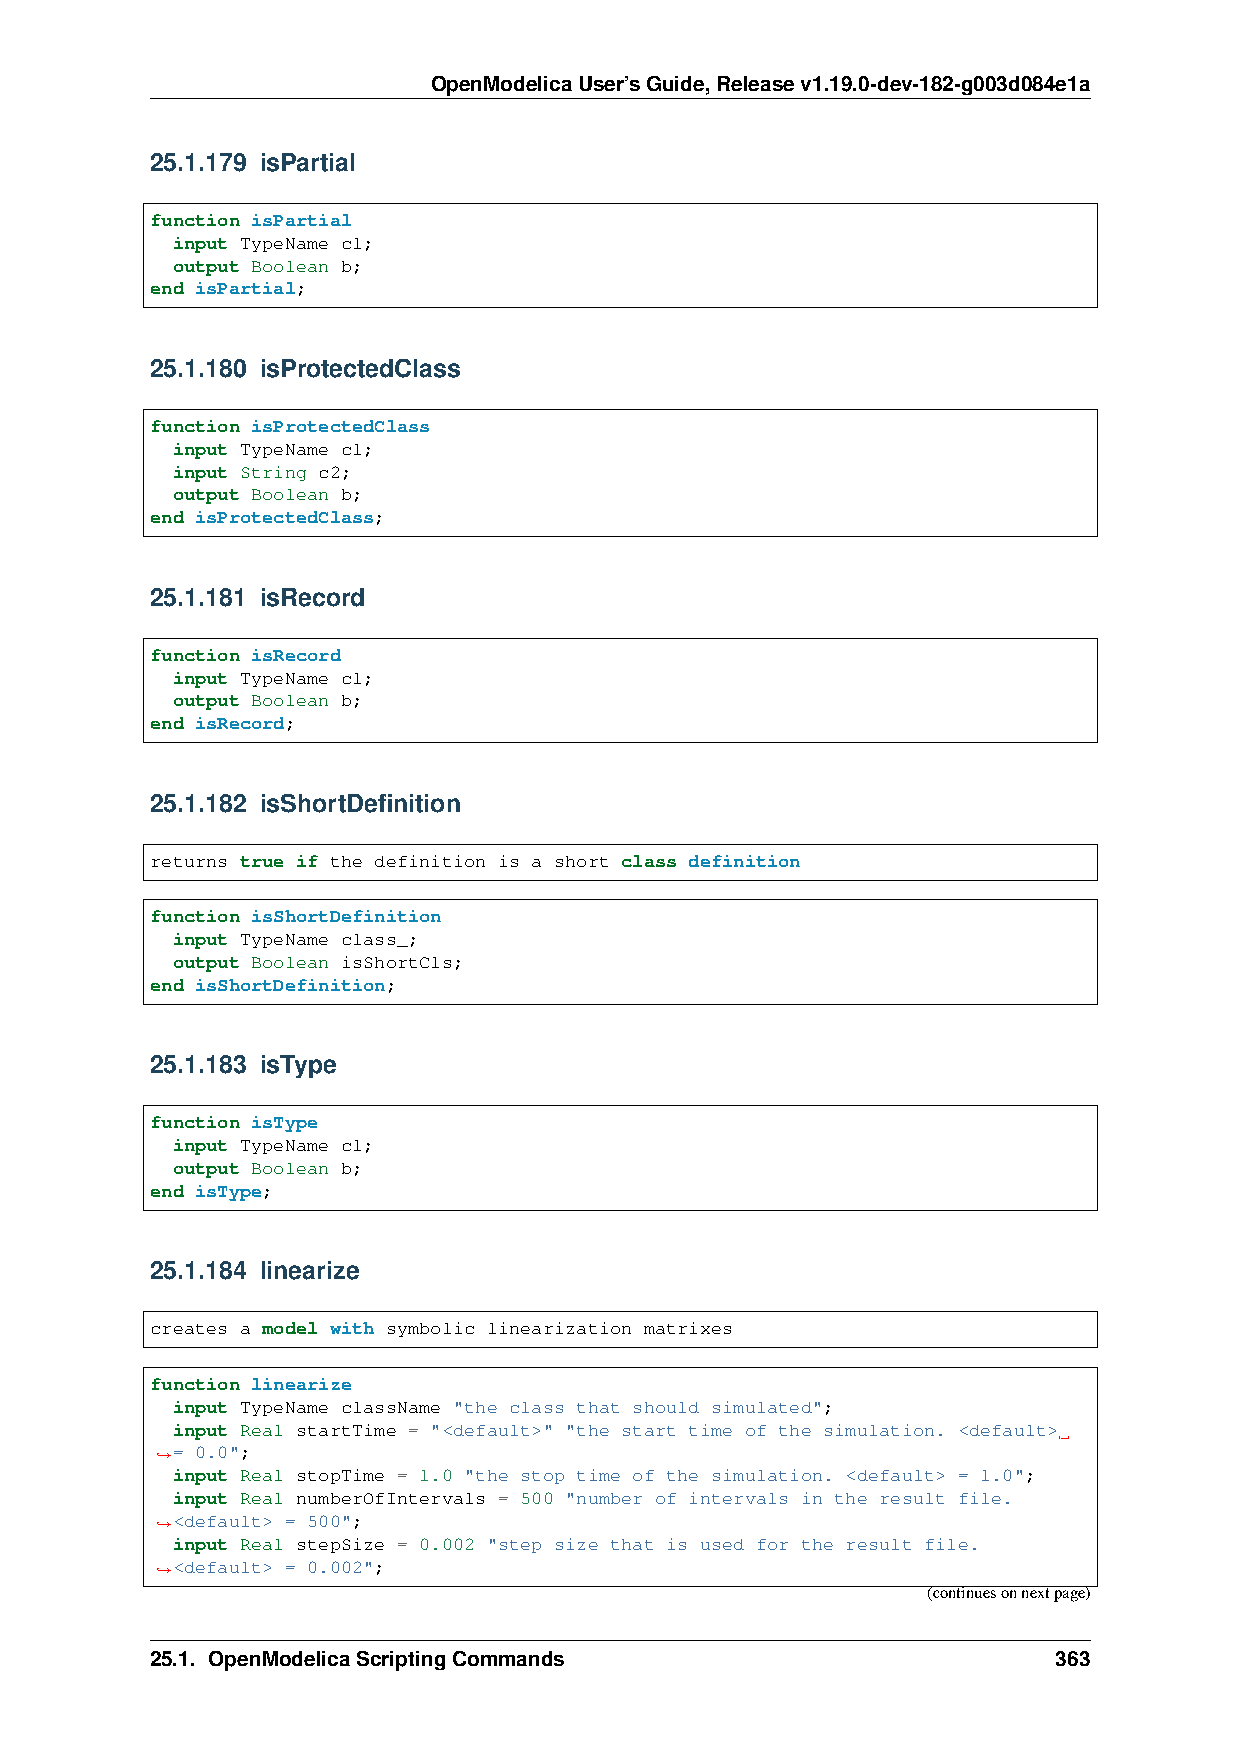
OpenModelicaUser’sGuide,Releasev1.19.0-dev-182-g003d084e1a
 25.1.179 isPartial
 function isPartial
 input TypeName cl;
 output Boolean b;
 end isPartial;
 25.1.180 isProtectedClass
 function isProtectedClass
 input TypeName cl;
 input String c2;
 output Boolean b;
 end isProtectedClass;
 25.1.181 isRecord
 function isRecord
 input TypeName cl;
 output Boolean b;
 end isRecord;
 25.1.182 isShortDefinition
 returns true if the definition is a short class definition
 function isShortDefinition
 input TypeName class_;
 output Boolean isShortCls;
 end isShortDefinition;
 25.1.183 isType
 function isType
 input TypeName cl;
 output Boolean b;
 end isType;
 25.1.184 linearize
 creates a model with symbolic linearization matrixes
 function linearize
 input TypeName className "the class that should simulated";
 input Real startTime = "<default>" "the start time of the simulation. <default>
 = 0.0";
 ˓→
 input Real stopTime = 1.0 "the stop time of the simulation. <default> = 1.0";
 input Real numberOfIntervals = 500 "number of intervals in the result file.
 <default> = 500";
 ˓→
 input Real stepSize = 0.002 "step size that is used for the result file.
 <default> = 0.002";
 ˓→
 (continuesonnextpage)
 25.1. OpenModelicaScriptingCommands                         363